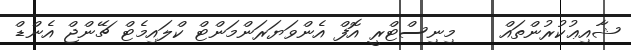
ޝާއިޢުކުރުންތައް    މިނިސްޓްރީ އޮފް އެންވަޔަރަންމަންޓް ކްލައިމެޓް ޗޭންޖް އެންޑް